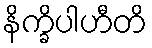
နိက္ခိပါဟီတိ